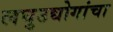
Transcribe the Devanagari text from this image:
लघुउद्योगांचा